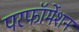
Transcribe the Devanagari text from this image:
परफॉर्मेशन